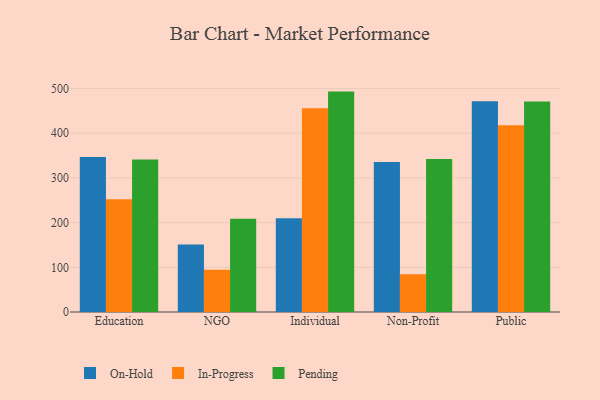
{"axis": {"x": "Segment", "y": "Revenue (USD Million)"}, "legend": ["In-Progress", "On-Hold", "Pending"], "data": [{"x": "Education", "y": 346.8, "type": "On-Hold"}, {"x": "Education", "y": 252.2, "type": "In-Progress"}, {"x": "Education", "y": 341.2, "type": "Pending"}, {"x": "NGO", "y": 151.3, "type": "On-Hold"}, {"x": "NGO", "y": 94.3, "type": "In-Progress"}, {"x": "NGO", "y": 208.5, "type": "Pending"}, {"x": "Individual", "y": 209.8, "type": "On-Hold"}, {"x": "Individual", "y": 455.9, "type": "In-Progress"}, {"x": "Individual", "y": 493.2, "type": "Pending"}, {"x": "Non-Profit", "y": 335.9, "type": "On-Hold"}, {"x": "Non-Profit", "y": 84.5, "type": "In-Progress"}, {"x": "Non-Profit", "y": 342.2, "type": "Pending"}, {"x": "Public", "y": 471.5, "type": "On-Hold"}, {"x": "Public", "y": 417.8, "type": "In-Progress"}, {"x": "Public", "y": 470.9, "type": "Pending"}]}